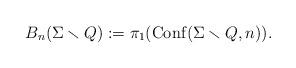
LaTeX: \begin{align*}B_n(\Sigma\smallsetminus Q) := \pi_1({\rm Conf}(\Sigma\smallsetminus Q, n)).\end{align*}